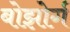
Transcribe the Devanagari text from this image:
बोझोर्ग